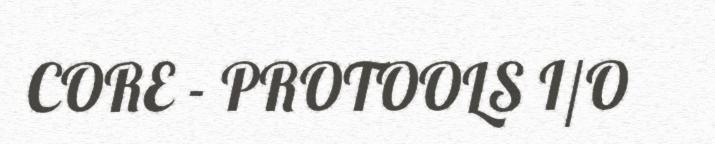
CORE - PROTOOLS I/O